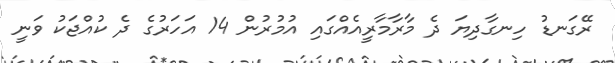
ރޭގަނޑު ހިނގާދިޔަ ދެ މާރާމާރީއެއްގައި އުމުރުން 14 އަހަރުގެ ދެ ކުއްޖަކު ވަނީ